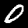
Digit: 0